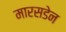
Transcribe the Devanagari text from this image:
मारसडेन